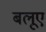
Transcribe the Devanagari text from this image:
बलूए